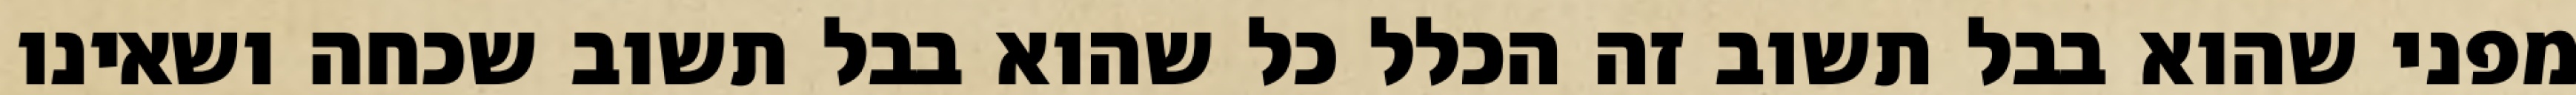
מפני שהוא בבל תשוב זה הכלל כל שהוא בבל תשוב שכחה ושאינו